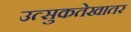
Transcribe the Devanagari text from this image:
उत्सुकतेखातर